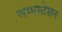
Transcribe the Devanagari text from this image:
जम्पस्टेशन